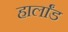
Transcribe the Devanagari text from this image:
हार्लांड